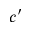
c ^ { \prime }